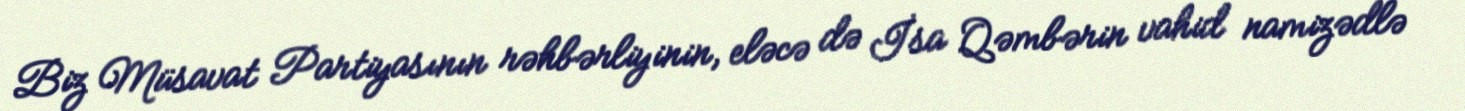
Biz Müsavat Partiyasının rəhbərliyinin, eləcə də İsa Qəmbərin vahid namizədlə